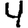
Digit: 4